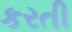
કરતી